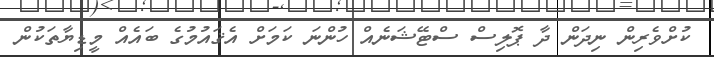
ކުށްވެރިން ނިދަން ދާ ޕޮލިސް ސްޓޭޝަނެއް ހުންނަ ކަމަށް އެޤައުމުގެ ބައެއް މީޑިޔާތަކުން